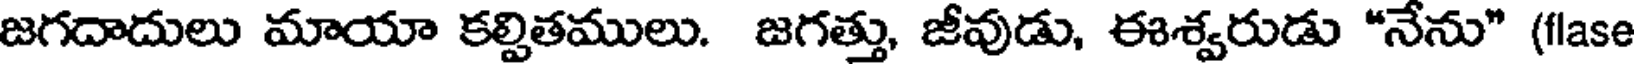
జగదాదులు మాయా కల్పితములు. జగత్తు, జీవుడు, ఈశ్వరుడు "నేను" (flase